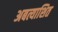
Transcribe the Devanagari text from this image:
अबत्याशित